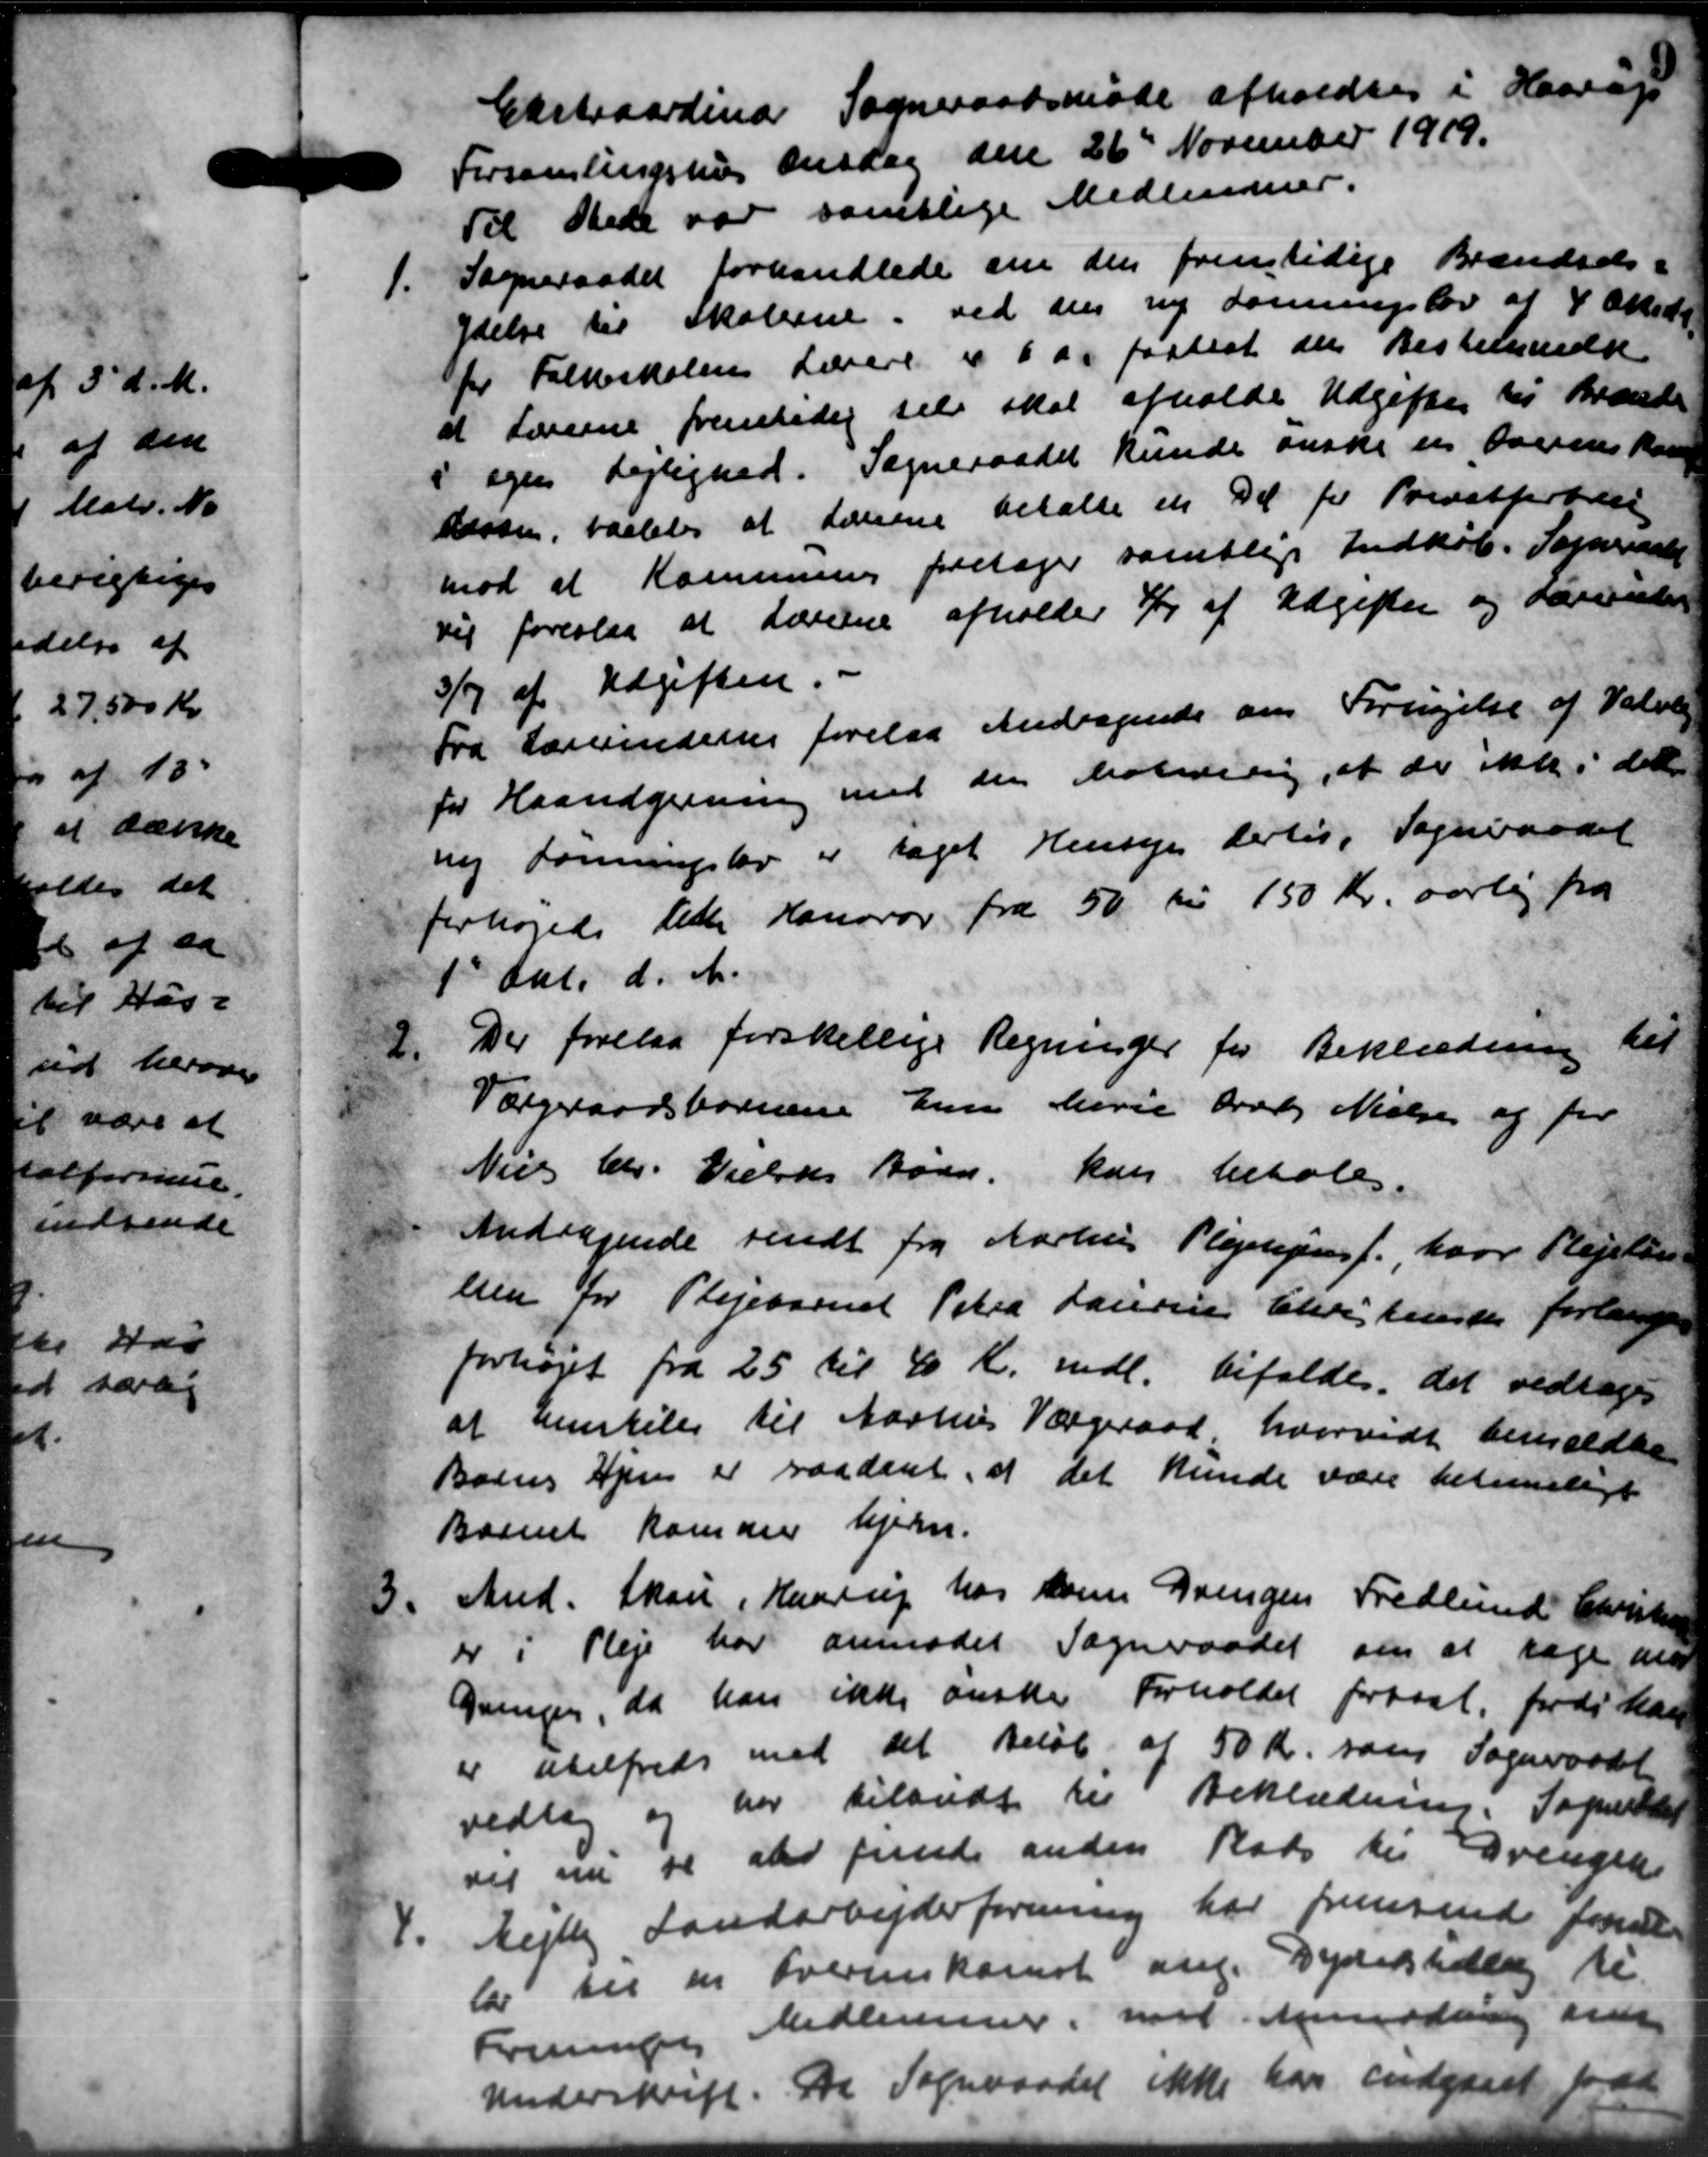
Transskription:
Cartraordinær Sogneraadsmøde afholdtes i Haarup
Forsamlingshus Onsdag den 26de November 1919.
Til Stede var samtlige Medlemmer.
1.
Sogneraadet forhandlede sin den fremtidige Brændsels-
ydelse til Skolerne ved den ny Lønningslov af 4 Oktober
for Folkeskolens Lærere i 6 og fastsat den Bestemmelse
at Lærerne fremleder selv skal afholde Udgifter til Brændse
i egen Lejlighed. Sogneraadet kunde ønske en Overenskom-
dersen, saaledes at Lærerne betalte en Del for Privatforbli
mod at Kommunen foretager samtlige Indkøb. Sogneraads
sig foreslaa at Lærerne afholder 3/4 af Udgifter og dervister
3/7 af Udgiften.
Fra Lærerinden forelaa Andragende om Fornyelse af Valgli
for Haandgerning med den holdeling, at der ikke i det
ny Foreningslev er taget Hensyn dertil. Sogneraadet
forhøjede lette Hanorar fra 50 til 150 Kr. aarlig fra
1 Aar. d. A.
Der forelaa forskellige Regninger for Beklædning til
Værgeraadsbørnene Enn Marie Braby Nielsen og for
Niels Chr. Nielsens Børn kan betale.
Andragende sendt fra Aarhus Plejehjemf., hvor Plejsten
lien for Plejebarnet Peter Laursen Christensen forlange
forhøjet fra 25 til 40 Kr. mdl. bifaldes, det vedtoges
at henstilles til Aarhus Værgeraad hvorvidt bemeldte
Boens Hjem er saadant, at det kunde være betemmeligt
Barnet kommer hjem.
And. Skou i Haarup hos som Drengen Fredlund Christen
er i Pleje har anmodet Sogneraadet om at søge n
Gringen, da han ikke ønske Forholdet forkast, fordi han
er utilfreds med det Beløb af 50 Kr. som Sogneraadet
vedtog og har tilandt til Beklædning. Sogneraadet
vet nu se at funde anden Plads til Udrengek
Mejlby Landarbejderforening har fremsende fore
lar til en Overenskomst ang. Dyrtidstedlig ti
Fremsen Medlemmer, modt anmodning om
Underskrift. Da Sogneraadet ikke han indgaaet for de
3.
2.
4.